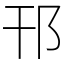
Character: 邗